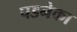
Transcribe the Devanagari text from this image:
पडनेका